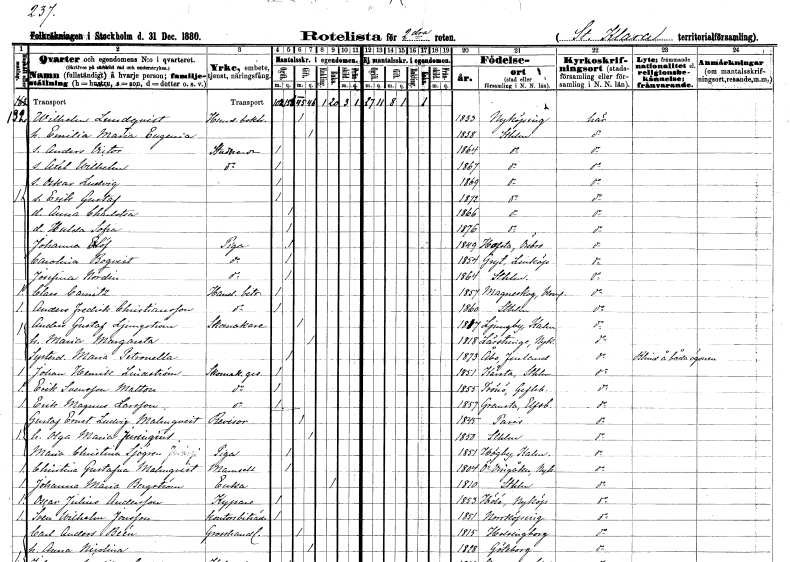
gt_parse: households: individuals: FN: Wilhelm
EN: Lundqvist
YRKE: Handelsbokhållare
KON: M
CIV: G
FODAR: 1833
FODFORS: Nyköping Södermanlands län
FN: Emilia Maria Eugenia
KON: K
CIV: G
FODAR: 1838
FODFORS: Stockholm
FN: Anders Victor
YRKE: Studerande
KON: M
CIV: O
FODAR: 1864
FODFORS: Stockholm
FN: Axel Wilhelm
YRKE: Studerande
KON: M
CIV: O
FODAR: 1867
FODFORS: Stockholm
FN: Oskar Ludvig
KON: M
CIV: O
FODAR: 1869
FODFORS: Stockholm
FN: Erik Gustaf
KON: M
CIV: O
FODAR: 1872
FODFORS: Stockholm
FN: Anna Charlotta
KON: K
CIV: O
FODAR: 1866
FODFORS: Stockholm
FN: Hulda Sofia
KON: K
CIV: O
FODAR: 1876
FODFORS: Stockholm
FN: Johanna
EN: Eklöf
YRKE: Piga
KON: K
CIV: O
FODAR: 1849
FODFORS: Hovsta Örebro län
FN: Carolina
EN: Boqvist
YRKE: Piga
KON: K
CIV: O
FODAR: 1854
FODFORS: Gryt Östergötlands län
FN: Josefina
EN: Nordin
YRKE: Piga
KON: K
CIV: O
FODAR: 1864
FODFORS: Stockholm
FN: Claes
EN: Camitz
YRKE: Handelsbiträde
KON: M
CIV: O
FODAR: 1857
FODFORS: Mangskog Värmlands län
FN: Anders Fredrik
EN: Christiansson
YRKE: Handelsbiträde
KON: M
CIV: O
FODAR: 1860
FODFORS: Stockholm
FN: Anders Gustaf
EN: Ljungström
YRKE: Skomakare
KON: M
CIV: G
FODAR: 1817
FODFORS: Ljungby Kalmar län
FN: Maria Margareta
KON: K
CIV: G
FODAR: 1818
FODFORS: Lästringe Södermanlands län
FN: Maria Petronella
KON: K
CIV: O
FODAR: 1873
FN: Johan Henrik
EN: Lindström
YRKE: Skomakaregesäll
KON: M
CIV: O
FODAR: 1851
FODFORS: Kårsta Stockholms län
FN: Erik
EN: Svensson Matton
YRKE: Skomakaregesäll
KON: M
CIV: O
FODAR: 1855
FODFORS: Trönö Gävleborgs län
FN: Erik Magnus
EN: Larsson
YRKE: Skomakaregesäll
KON: M
CIV: O
FODAR: 1857
FODFORS: Grinstad Älvsborgs län
FN: Gustaf Ernst Ludvig
EN: Malmqvist
YRKE: Revisor
KON: M
CIV: G
FODAR: 1845
FN: Olga Maria
EN: Juringius
KON: K
CIV: G
FODAR: 1850
FODFORS: Stockholm
FN: Maria Christina
EN: Sjögren
YRKE: Piga
KON: K
CIV: O
FODAR: 1851
FODFORS: Högby Kalmar län
FN: Christina Gustafva
EN: Malmqvist
KON: K
CIV: O
FODAR: 1804
FODFORS: Östra Vingåker Södermanlands län
FN: Johanna Maria
EN: Bergström
YRKE: Änka
KON: K
CIV: E
FODAR: 1810
FODFORS: Stockholm
FN: Oscar Julius
EN: Andersson
YRKE: Kypare
KON: M
CIV: O
FODAR: 1853
FODFORS: Hölö Stockholms län
FN: Sven Wilhelm
EN: Jonsson
YRKE: Kontorsbiträde
KON: M
CIV: O
FODAR: 1851
FODFORS: Norrköping Östergötlands län